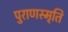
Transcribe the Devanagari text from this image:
पुराणस्मृति